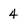
Character: 4